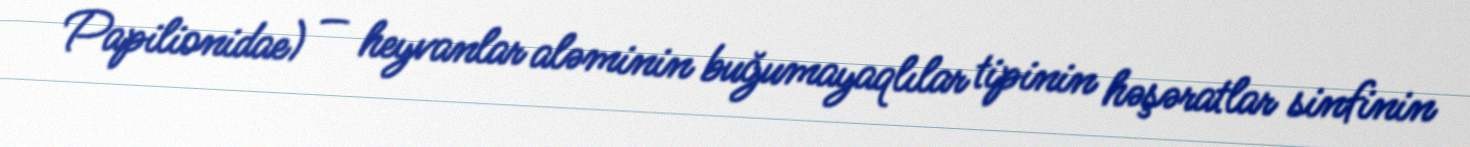
Papilionidae) — heyvanlar aləminin buğumayaqlılar tipinin həşəratlar sinfinin